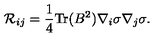
{ \cal R } _ { i j } = \frac { 1 } { 4 } \mathrm { T r } ( B ^ { 2 } ) \nabla _ { i } \sigma \nabla _ { j } \sigma .